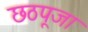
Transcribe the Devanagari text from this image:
छठपूजा